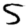
Digit: 5